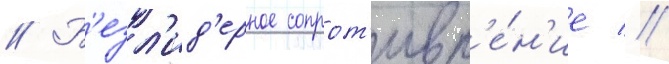
// Б'езл'ид'ерное сопрот'ивл'е́н'ие //